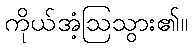
ကိုယ်အံ့ဩသွား၏။